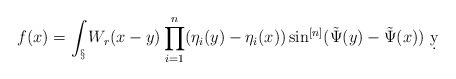
LaTeX: \begin{align*}f(x) = \int_\S W_r(x-y)\prod_{i=1}^n(\eta_i(y)-\eta_i(x))\sin^{[n]}(\tilde \Psi(y)-\tilde \Psi(x))\ \d y\end{align*}